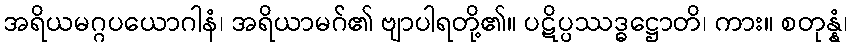
အရိယမဂ္ဂပယောဂါနံ၊ အရိယာမဂ်၏ ဗျာပါရတို့၏။ ပဋိပ္ပဿဒ္ဓဋ္ဌောတိ၊ ကား။ စတုန္နံ၊